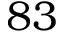
8 3